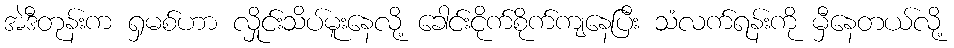
အဲဒီတုန်းက ရှမစ်ဟာ လှိုင်းသိပ်မူးနေလို့ ခေါင်းငိုက်စိုက်ကျနေပြီး သံလက်ရန်းကို မှီနေတယ်လို့